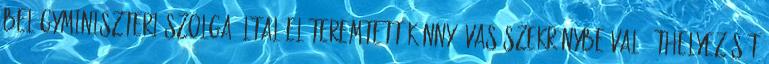
belügyminiszteri szolga által előteremtett könnyű vas szekrénybe való áthelyezését